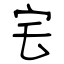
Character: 宅